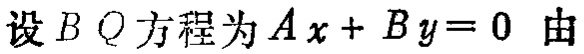
设 \(BQ\) 方程为 \(Ax + By = 0\) 由